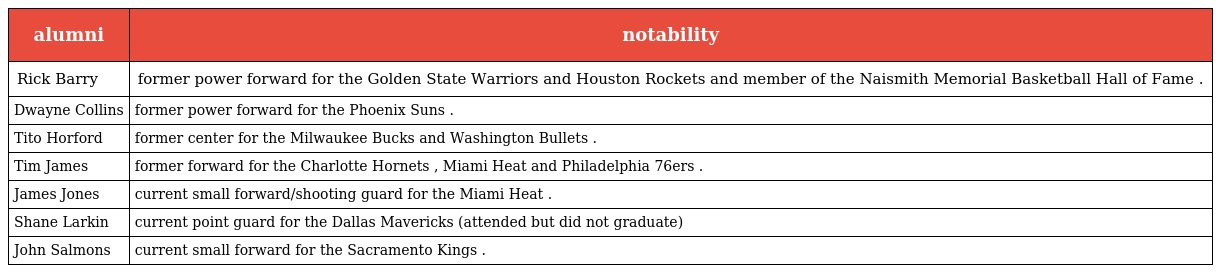
| alumni | notability |
 | --- | --- |
 | Rick Barry | former power forward for the Golden State Warriors and Houston Rockets and member of the Naismith Memorial Basketball Hall of Fame . |
 | Dwayne Collins | former power forward for the Phoenix Suns . |
 | Tito Horford | former center for the Milwaukee Bucks and Washington Bullets . |
 | Tim James | former forward for the Charlotte Hornets , Miami Heat and Philadelphia 76ers . |
 | James Jones | current small forward/shooting guard for the Miami Heat . |
 | Shane Larkin | current point guard for the Dallas Mavericks (attended but did not graduate) |
 | John Salmons | current small forward for the Sacramento Kings . |